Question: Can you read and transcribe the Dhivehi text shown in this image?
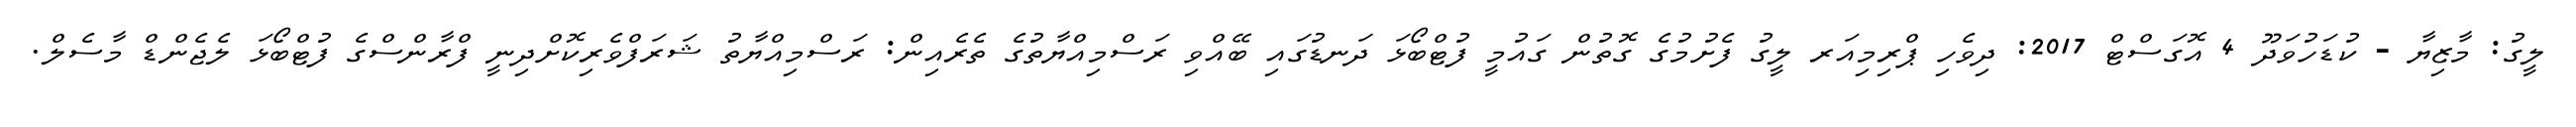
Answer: ލީގު: މާޒިޔާ - ކުޑަހުވަދޫ 4 އޮގަސްޓް 2017: ދިވެހި ޕްރިމިއަރ ލީގު ފެށުމުގެ ގޮތުން ގައުމީ ފުޓްބޯޅަ ދަނޑުގައި ބޭއްވި ރަސްމިއްޔާތުގެ ތެރެއިން: ރަސްމިއްޔާތު ޝަރަފްވެރިކޮށްދިނީ ފްރާންސްގެ ފުޓްބޯޅަ ލެޖެންޑް މާސެލް.